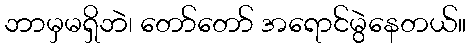
ဘာမှမရှိဘဲ၊ တော်တော် အရောင်မွဲနေတယ်။